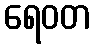
ရေဝတ